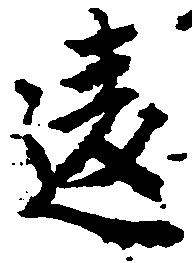
違